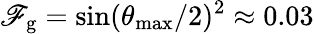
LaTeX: \mathscr{F}_{\mathrm{{g}}}=\sin(\theta_{\mathrm{{max}}}/2)^{2}\approx0.03